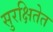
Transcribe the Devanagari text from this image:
सुरक्षितेत